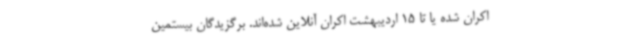
اکران شده یا تا 15 اردیبهشت اکران آنلاین شده‌اند. برگزیدگان بیستمین